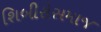
શિબીરોસમાજ